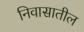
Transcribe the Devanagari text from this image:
निवासातील